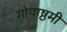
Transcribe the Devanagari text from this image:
गोपाष्ठमी